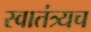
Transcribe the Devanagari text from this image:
स्वातंत्र्यच